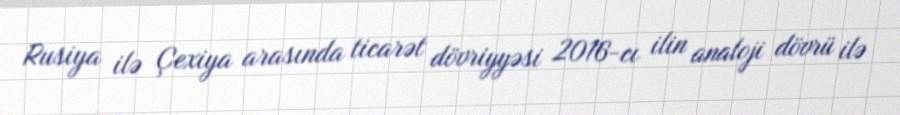
Rusiya ilə Çexiya arasında ticarət dövriyyəsi 2016-cı ilin analoji dövrü ilə